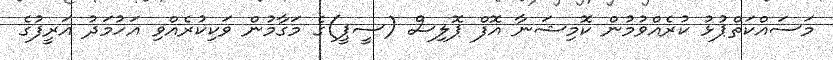
މަސައްކަތްޕުޅު ކުރެއްވުމުން ކޮމިޝަނާ އޮފް ޕޮލިސް (ސީޕީ)ގެ މަގާމުން ވަކިކުރެއްވި އަހުމަދު އަރީފުގެ